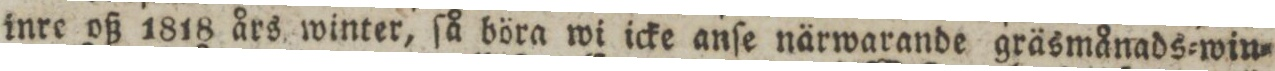
inre oß 1818 års winter, ſå böra wi icke anſe närwarande gräsmånads=win=